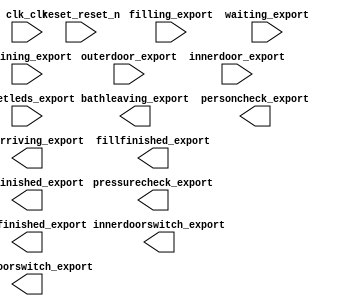

module microprocessor (
	clk_clk,
	reset_reset_n,
	filling_export,
	draining_export,
	outerdoor_export,
	innerdoor_export,
	resetleds_export,
	bathleaving_export,
	batharriving_export,
	personcheck_export,
	pressurecheck_export,
	innerdoorswitch_export,
	outerdoorswitch_export,
	drainfinished_export,
	fillfinished_export,
	waitfinished_export,
	waiting_export);	

	input		clk_clk;
	input		reset_reset_n;
	input		filling_export;
	input		draining_export;
	input		outerdoor_export;
	input		innerdoor_export;
	input	[3:0]	resetleds_export;
	output		bathleaving_export;
	output		batharriving_export;
	output		personcheck_export;
	output		pressurecheck_export;
	output		innerdoorswitch_export;
	output		outerdoorswitch_export;
	output		drainfinished_export;
	output		fillfinished_export;
	output		waitfinished_export;
	input		waiting_export;
endmodule